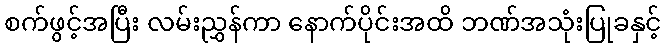
စက်ဖွင့်အပြီး လမ်းညွှန်ကာ နောက်ပိုင်းအထိ ဘဏ်အသုံးပြုခနှင့်